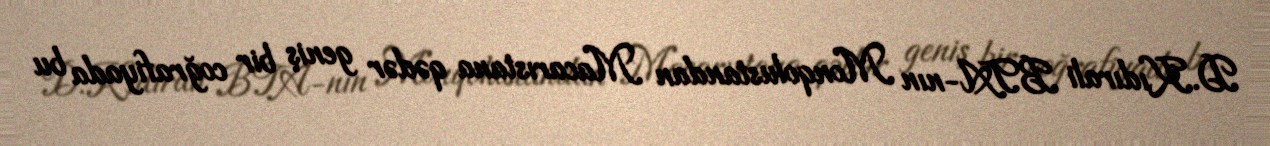
D.Kıdırali BTA-nın Monqolustandan Macarıstana qədər geniş bir coğrafiyada bu